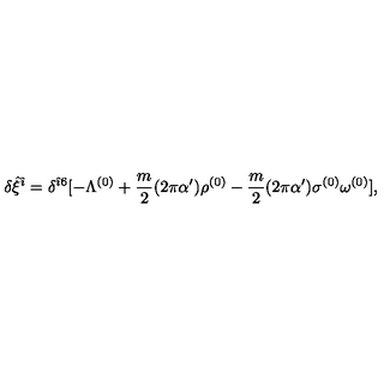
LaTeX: \delta { \hat { \xi } } ^ { { \hat { \imath } } } = \delta ^ { { \hat { \imath } } 6 } [ - \Lambda ^ { ( 0 ) } + \frac { m } { 2 } ( 2 \pi \alpha ^ { \prime } ) { \rho } ^ { ( 0 ) } - \frac { m } { 2 } ( 2 \pi \alpha ^ { \prime } ) \sigma ^ { ( 0 ) } \omega ^ { ( 0 ) } ] ,